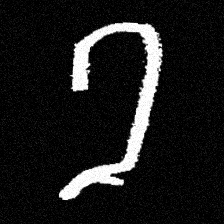
Pyu character \u2014 Myanmar letter: ခ (romanized: kha)